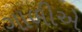
ગાળીએ